Eesti_Rahvusfond, lk 58
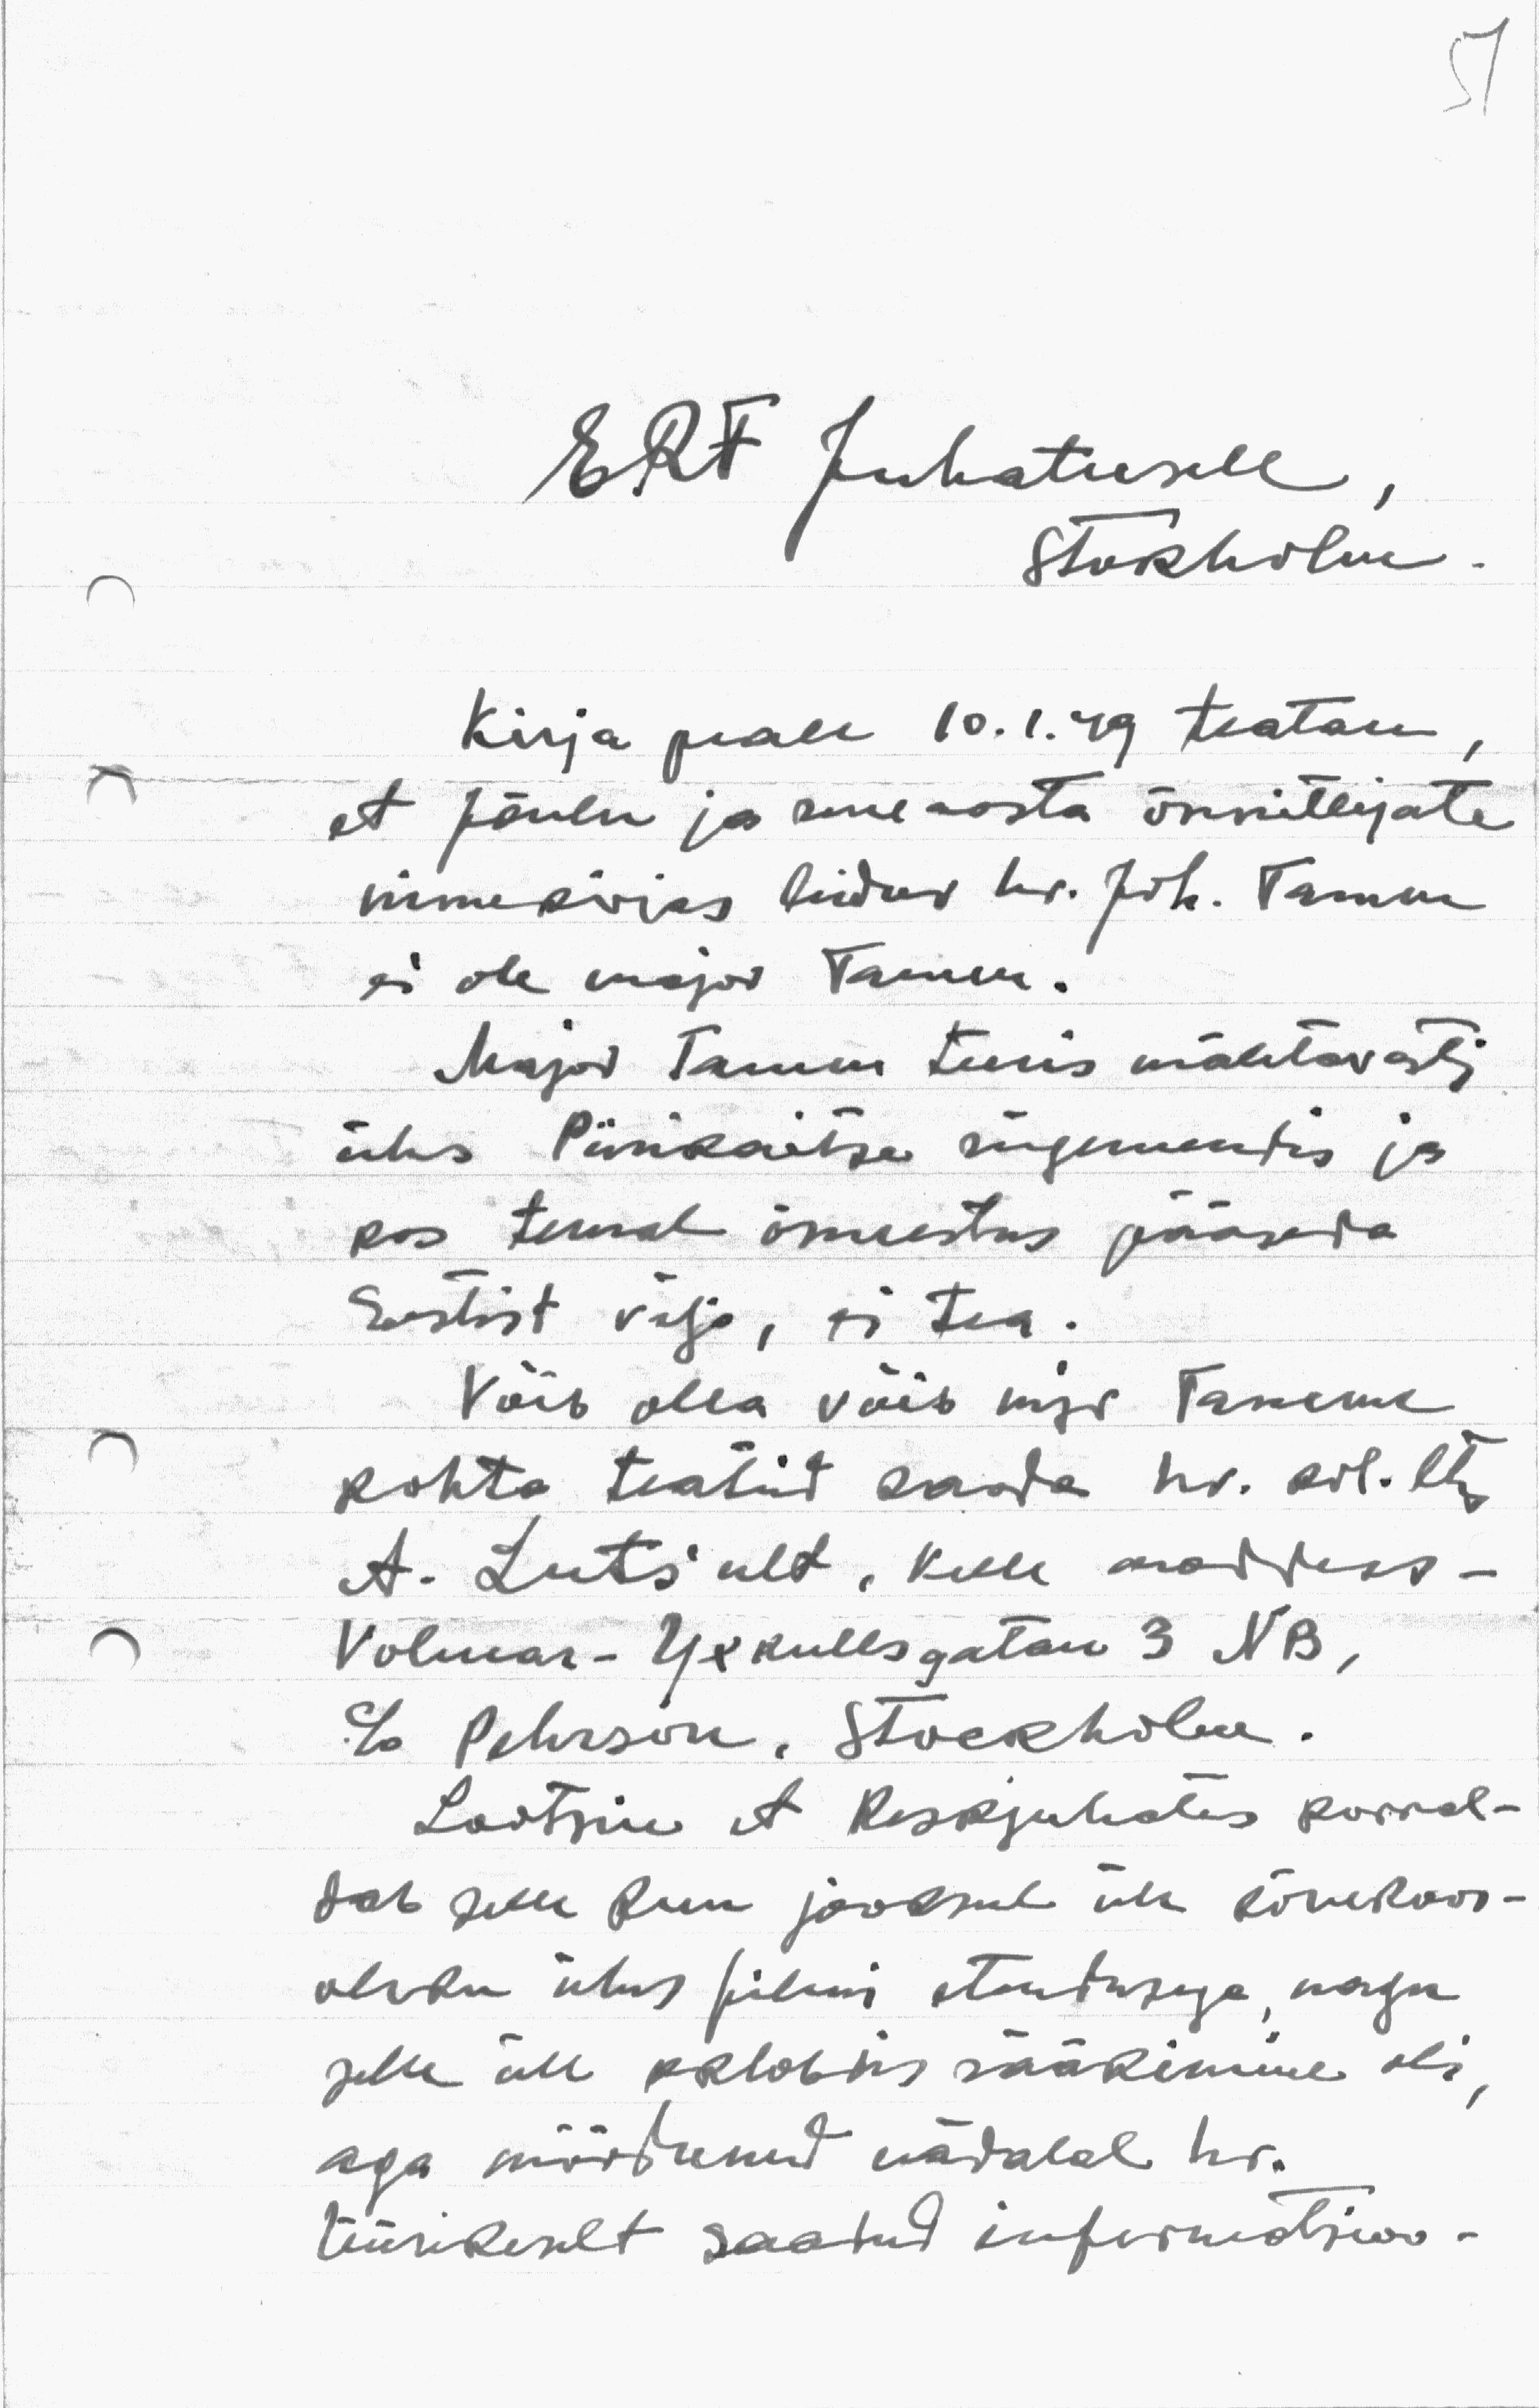
ERF Juhatusele
Stokholm
Kirja peale 10.1.49 teatan,
et Jõulu ja uue aasta õnnitlejate
nimekirjas leidus hr. Joh. Tamm
ei ole major Tamm.
Major Tamm teenis mäletavasti
ühes piirikaitse rügementis ja
kas temal õnnestus pääseda
Eestist väja, ei tea.
Võib olla võib mjr. Tamme
kohta teatud saada hr. Joh. Tam
A. Lutsult, kelle aadress-
Volmar-Yxkullsgatan 3 NB,
c/o Pehrson, Stockholm.
Lootsin et Keskjuhatus korral-
tab selle kuu jooksul üle kõnekoos-
oleku ühes filmi etendusega nagu
selle all oktobris rääkimine oli
aga möödunud nädalal hr.
Üürikult saatud informatsioo-